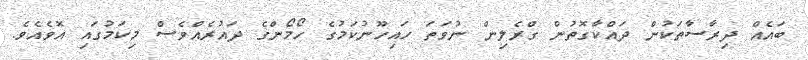
ބައެއް ދިރާސާތަކުން ދައްކާގޮތުން ގްރެލިން ނުވަތަ ހައިހޫނުކަމުގެ ހޯމޯންގެ ދައުރެއްވެސް މިކަމުގައި އޮވެއެވެ.